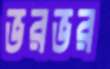
ভরভর